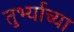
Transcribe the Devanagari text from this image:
तुर्भ्याच्या